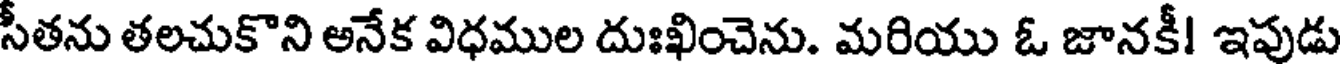
సీతను తలచుకొని అనేక విధముల దుఃఖించెను. మరియు ఓ జానకీ! ఇపుడు